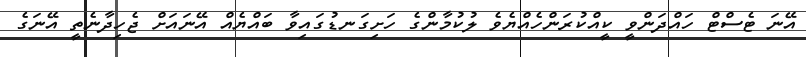
އޭނަ ޓެސްޓް ހައްދަންވީ ކީއްކުރަންހެއްޔެވެ ލުކުމާންގެ ހަށިގަނޑުގައިވާ ބައްޔެއް އޭނައަށް ޖެހިދާނެތީ އޭނަގެ